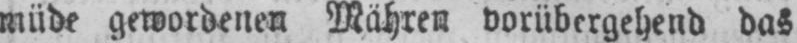
müde gewordenen Wahren vorübergehend das